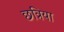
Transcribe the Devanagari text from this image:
छत्रिया